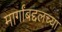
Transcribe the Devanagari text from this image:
मार्गांबद्दलच्या